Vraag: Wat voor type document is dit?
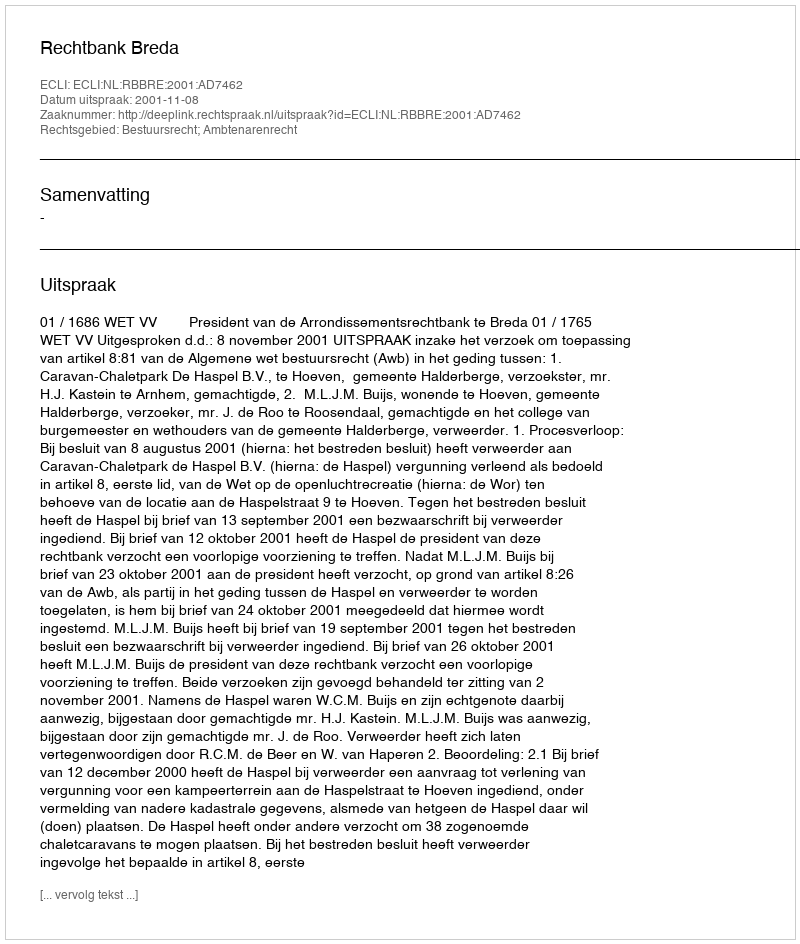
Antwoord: Uitspraak